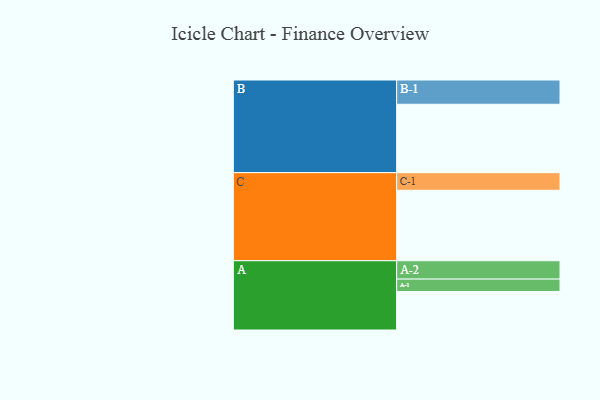
{"axis": {"x": "Segment", "y": "Value"}, "legend": ["", "A", "B", "C"], "data": [{"x": "A", "y": 319, "type": ""}, {"x": "B", "y": 567, "type": ""}, {"x": "C", "y": 584, "type": ""}, {"x": "A-1", "y": 103, "type": "A"}, {"x": "A-2", "y": 152, "type": "A"}, {"x": "B-1", "y": 201, "type": "B"}, {"x": "C-1", "y": 146, "type": "C"}]}